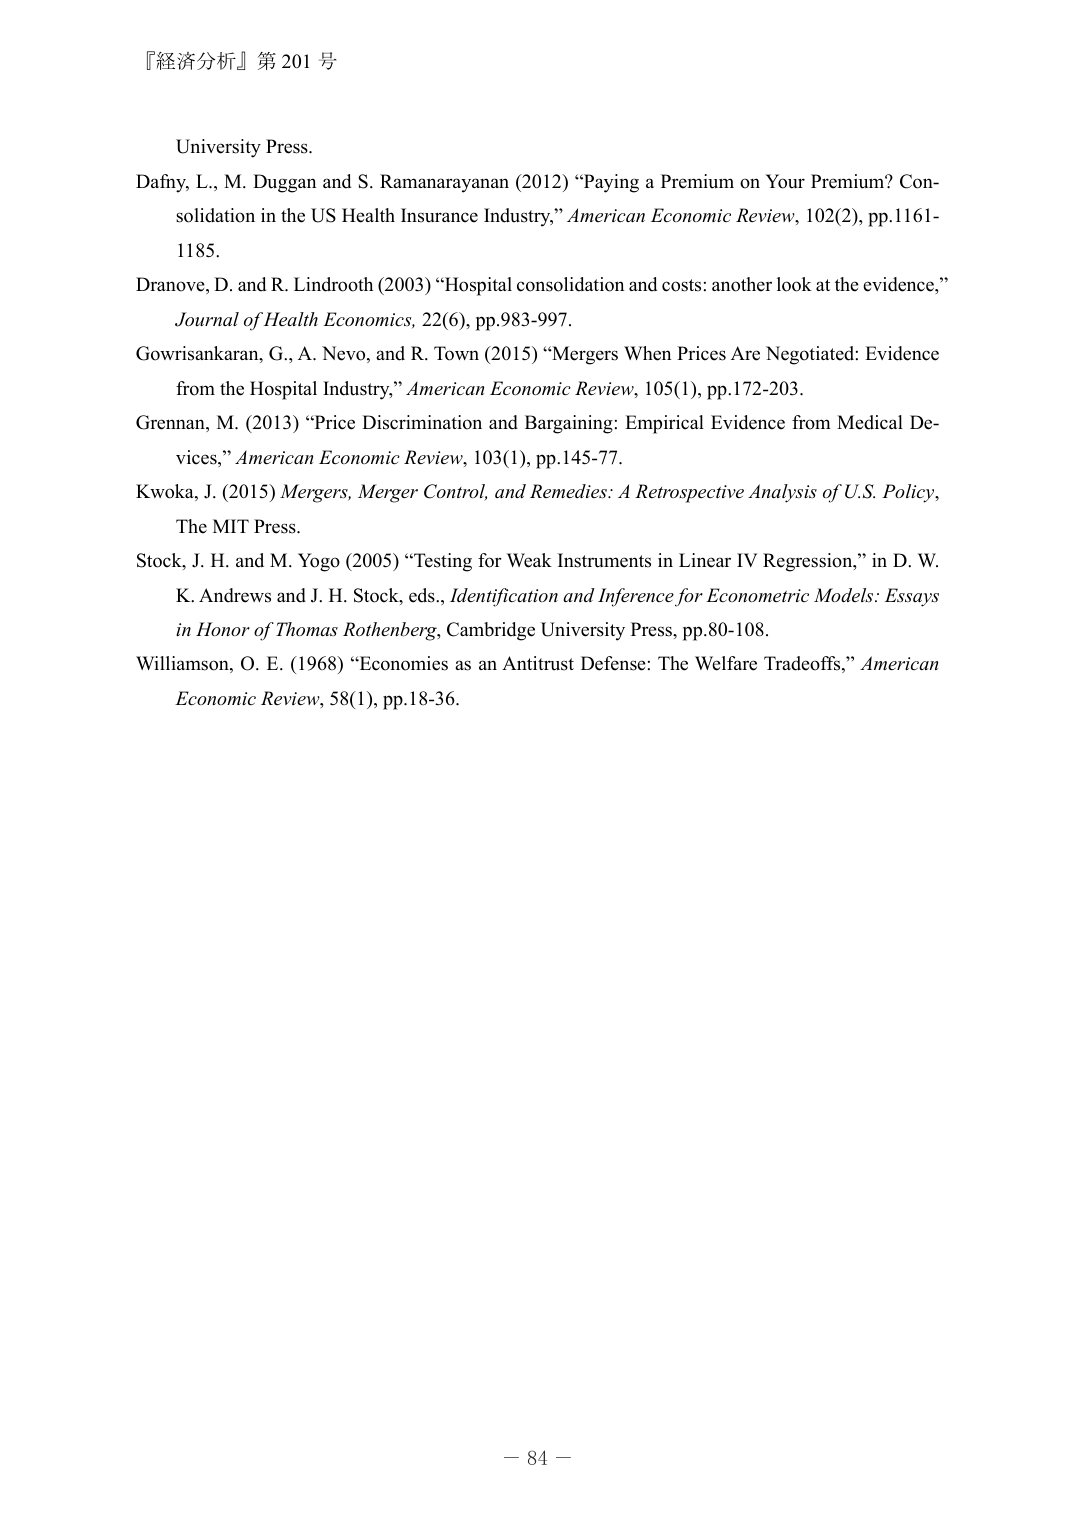
『経済分析』第 201 号

University Press.

Dafny, L., M. Duggan and S. Ramanarayanan (2012) “Paying a Premium on Your Premium? Consolidation in the US Health Insurance Industry,” American Economic Review, 102(2), pp.1161-1185.

Dranove, D. and R. Lindrooth (2003) “Hospital consolidation and costs: another look at the evidence,” Journal of Health Economics, 22(6), pp.983-997.

Gowrisankaran, G., A. Nevo, and R. Town (2015) “Mergers When Prices Are Negotiated: Evidence from the Hospital Industry,” American Economic Review, 105(1), pp.172-203.

Grennan, M. (2013) “Price Discrimination and Bargaining: Empirical Evidence from Medical Devices,” American Economic Review, 103(1), pp.145-77.

Kwoka, J. (2015) Mergers, Merger Control, and Remedies: A Retrospective Analysis of U.S. Policy, The MIT Press.

Stock, J. H. and M. Yogo (2005) “Testing for Weak Instruments in Linear IV Regression,” in D. W. K. Andrews and J. H. Stock, eds., Identification and Inference for Econometric Models: Essays in Honor of Thomas Rothenberg, Cambridge University Press, pp.80-108.

Williamson, O. E. (1968) “Economies as an Antitrust Defense: The Welfare Tradeoffs,” American Economic Review, 58(1), pp.18-36.

－ 84 －